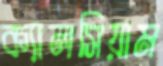
ক্যালসিয়াম